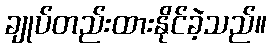
ချုပ်တည်းထားနိုင်ခဲ့သည်။